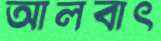
আলবাৎ